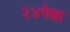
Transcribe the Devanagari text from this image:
२४पेक्षा